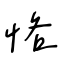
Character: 恪